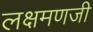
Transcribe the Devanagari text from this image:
लक्षमणजी